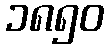
၁၈၅၀